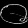
Digit: ၀